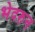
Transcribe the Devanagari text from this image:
भेदरुन